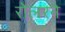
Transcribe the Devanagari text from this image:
रोलरने